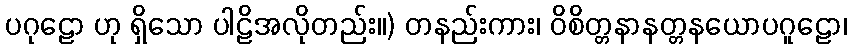
ပဂုဠော ဟု ရှိသော ပါဠိအလိုတည်း။) တနည်းကား၊ ဝိစိတ္တနာနတ္တနယောပဂူဠော၊